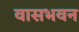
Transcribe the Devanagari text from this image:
वासभवन